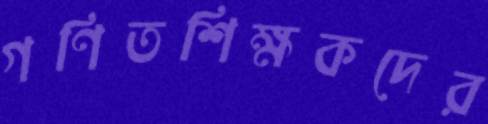
গণিতশিক্ষকদের